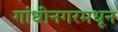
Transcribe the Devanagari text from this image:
गांधीनगरमधून